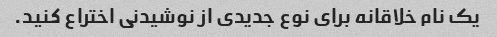
یک نام خلاقانه برای نوع جدیدی از نوشیدنی اختراع کنید.